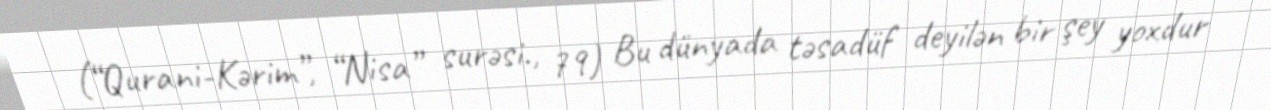
(“Qurani-Kərim”, “Nisa” surəsi., 79) Bu dünyada təsadüf deyilən bir şey yoxdur